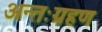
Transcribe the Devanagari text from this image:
अन्तःग्रहण